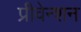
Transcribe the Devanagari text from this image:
प्रीवेन्शन